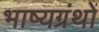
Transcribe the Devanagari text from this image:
भाष्यग्रंथों